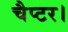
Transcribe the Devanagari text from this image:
चैप्टर।